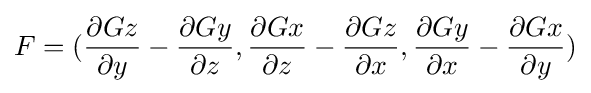
F=({\frac {\partial Gz}{\partial y}}-{\frac {\partial Gy}{\partial z}},{\frac {\partial Gx}{\partial z}}-{\frac {\partial Gz}{\partial x}},{\frac {\partial Gy}{\partial x}}-{\frac {\partial Gx}{\partial y}})